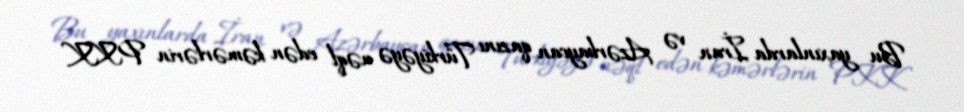
Bu yaxınlarda İran və Azərbaycan qazını Türkiyəyə nəql edən kəmərlərin PKK